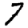
Digit: 7